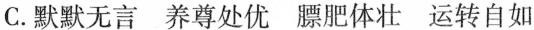
C.默默无言 养尊处优 膘肥体壮 运转自如